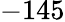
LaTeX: -145